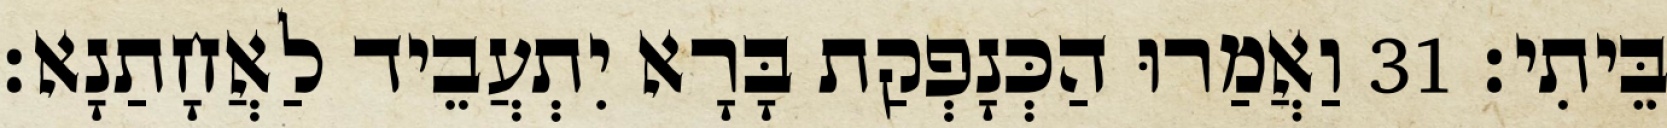
בֵּיתִי׃ 31 וַאֲמַרוּ הַכְּנָפְקַת בָּרָא יִתְעֲבֵיד לַאֲחָתַנָא׃